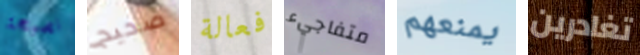
نصيحة صحيح فعالة متفاجيء يمنعهم تغادرين